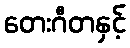
တေးဂီတနှင့်